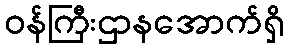
ဝန်ကြီးဌာနအောက်ရှိ